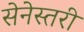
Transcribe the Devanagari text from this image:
सेनेस्तरी